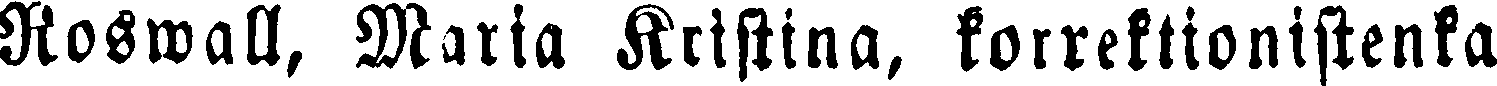
Roswall, Maria Kristina, korrektionistenka